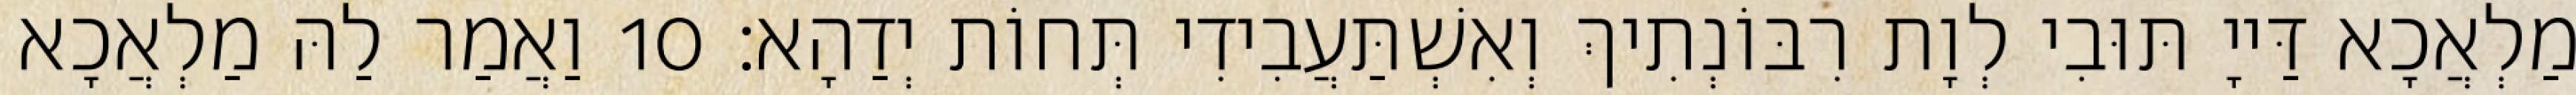
מַלְאֲכָא דַּייָ תּוּבִי לְוָת רִבּוֹנְתִיךְ וְאִשְׁתַּעֲבִידִי תְּחוֹת יְדַהָא׃ 10 וַאֲמַר לַהּ מַלְאֲכָא